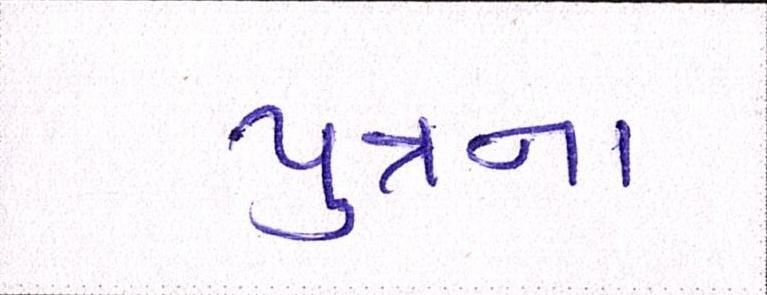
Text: પુત્રના